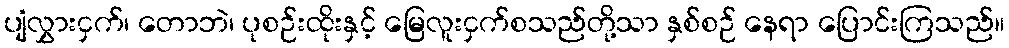
ပျံလွှားငှက်၊ တောဘဲ၊ ပုစဉ်းထိုးနှင့် မြေလူးငှက်စသည်တို့သာ နှစ်စဉ် နေရာ ပြောင်းကြသည်။